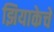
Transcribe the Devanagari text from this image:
झियाकेचे